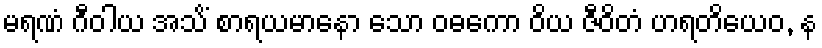
မရဏံ ဂီဝါယ အသိံ စာရယမာနော သော ဝဓကော ဝိယ ဇီဝိတံ ဟရတိယေဝ, န